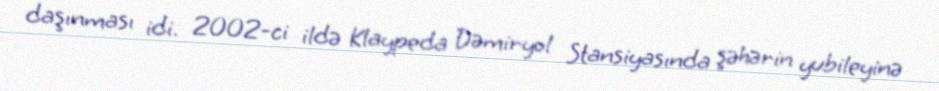
daşınması idi. 2002-ci ildə Klaypeda Dəmiryol Stansiyasında şəhərin yubileyinə